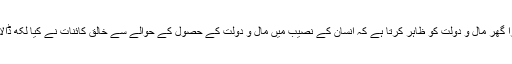
دوسرا گھر مال و دولت کو ظاہر کرتا ہے کہ انسان کے نصیب میں مال و دولت کے حصول کے حوالے سے خالقِ کائنات نے کیا لکھ ڈالا ہے۔